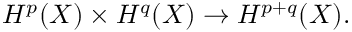
H ^ { p } ( X ) \times H ^ { q } ( X ) \to H ^ { p + q } ( X ) .